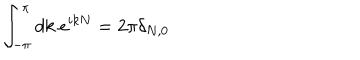
LaTeX: \int _ { - \pi } ^ { \pi } d k ~ e ^ { i k N } = 2 \pi \delta _ { N , 0 }